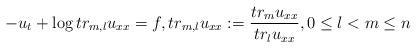
LaTeX: \begin{align*}-u_t+\log tr_{m,l}u_{xx}=f,tr_{m,l}u_{xx}:=\frac{tr_m u_{xx}}{tr_l u_{xx}},0\le l<m\le n\end{align*}